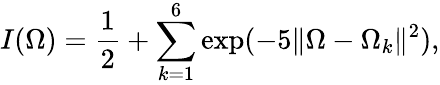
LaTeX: I(\Omega)=\frac{1}{2}+\sum_{k=1}^{6}\exp(-5\| \Omega-\Omega_{k}\| ^{2}),